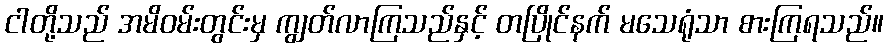
ငါတို့သည် အမိဝမ်းတွင်းမှ ကျွတ်လာကြသည်နှင့် တပြိုင်နက် မသေရုံသာ စားကြရသည်။